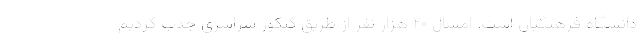
دانشگاه فرهنگیان است. امسال ۲۰ هزار نفر از طریق کنکور سراسری جذب کردیم